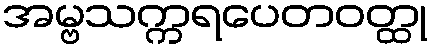
အမ္ဗသက္ကရပေတဝတ္ထု